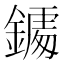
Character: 𨬀